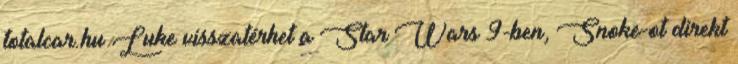
totalcar.hu Luke visszatérhet a Star Wars 9-ben, Snoke-ot direkt